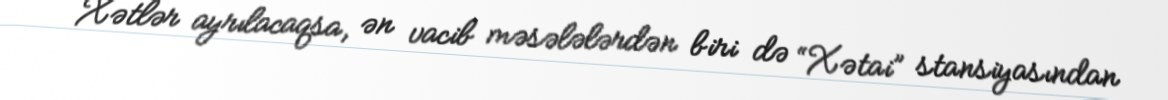
Xətlər ayrılacaqsa, ən vacib məsələlərdən biri də “Xətai” stansiyasından